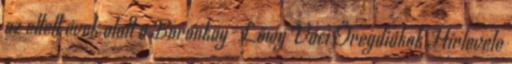
az eltelt évek alatt a Boronkay-Lőwy Váci Öregdiákok Hírlevele